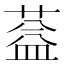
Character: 𦶩